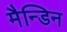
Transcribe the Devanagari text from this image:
मैन्डिन